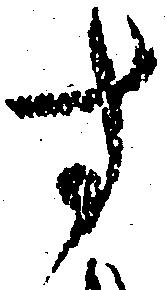
す